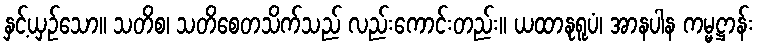
နှင့်ယှဉ်သော။ သတိစ၊ သတိစေတသိက်သည် လည်းကောင်းတည်း။ ယထာနုရူပံ၊ အာနပါန ကမ္မဋ္ဌာန်း